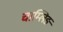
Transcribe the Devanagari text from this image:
चाम्लिङ